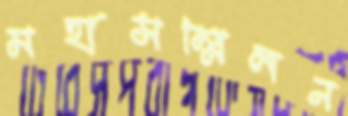
মহাসম্মিলন